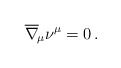
\begin{align*}\overline \nabla_{\!\mu} \nu^\mu=0\, .\end{align*}